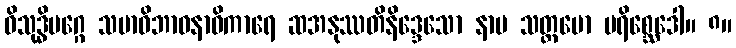
ဝိသုဒ္ဓိမဂ္ဂေ သမာဓိဘာဝနာဓိကာရေ ဆအနုဿတိနိဒ္ဒေသော နာမ သတ္တမော ပရိစ္ဆေဒေါ။ ၈။